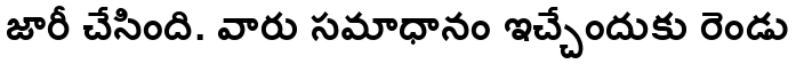
జారీ చేసింది. వారు సమాధానం ఇచ్చేందుకు రెండు